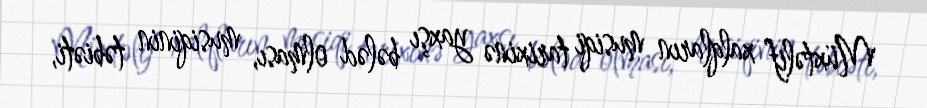
Müxtəlif xalqların musiqi tarixinə yaxşı bələd olması, musiqinin təbiəti,